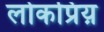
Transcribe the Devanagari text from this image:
लोकप्रिय़